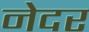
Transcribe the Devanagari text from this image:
नेदर